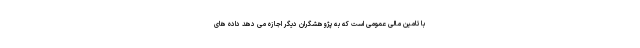
با تامین مالی عمومی است که به پژوهشگران دیگر اجازه می دهد داده های